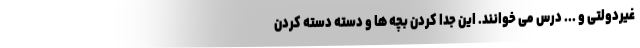
غیردولتی و ... درس می خوانند. این جدا کردن بچه ها و دسته دسته کردن